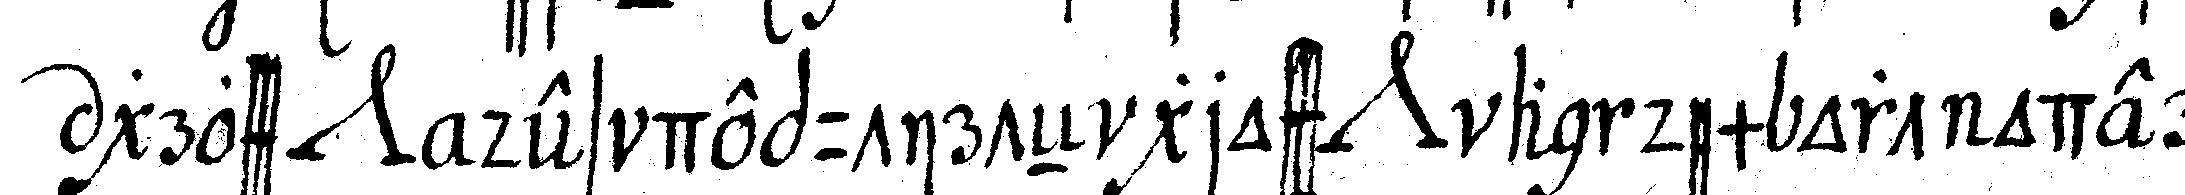
gross *nee* des deputirteN gross *nee* an dem ort oder